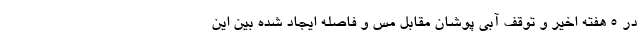
در 5 هفته اخیر و توقف آبی پوشان مقابل مس و فاصله ایجاد شده بین این